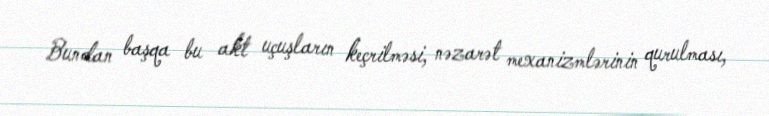
Bundan başqa bu akt uçuşların keçrilməsi, nəzarət mexanizmlərinin qurulması,